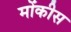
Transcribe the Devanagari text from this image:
मोंकीस